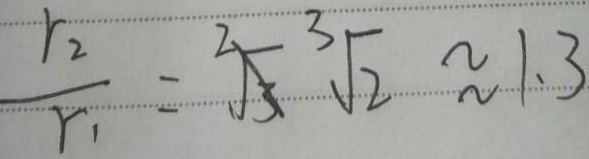
\frac { r _ { 2 } } { r _ { 1 } } = \sqrt [ 2 ] { 3 } \sqrt [ 3 ] { 2 } \approx 1 . 3